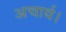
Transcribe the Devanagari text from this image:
अचार्य।